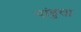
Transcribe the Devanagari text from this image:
पांडुचा